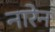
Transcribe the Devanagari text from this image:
नारेन